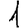
Digit: 1